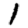
Digit: 1